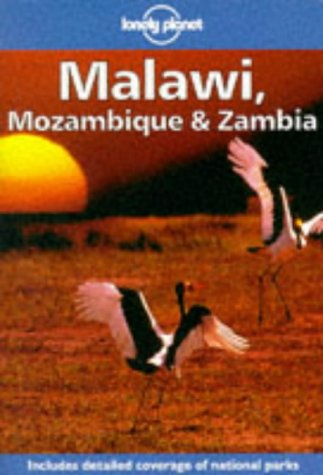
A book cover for Lonely Planet Malawi, Mozambique & Zambia (Malawi, Mozambique and Zambia); David Else; Travel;